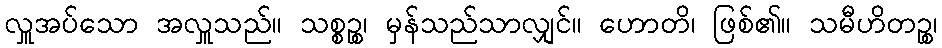
လှူအပ်သော အလှူသည်။ သစ္စဉ္စ၊ မှန်သည်သာလျှင်။ ဟောတိ၊ ဖြစ်၏။ သမီဟိတဉ္စ၊